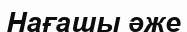
Нағашы әже